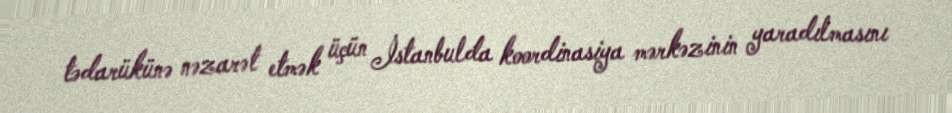
tədarükünə nəzarət etmək üçün İstanbulda koordinasiya mərkəzinin yaradılmasını